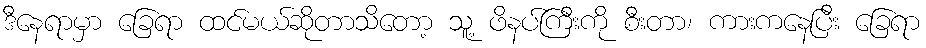
ဒီနေရာမှာ ခြေရာ ထင်မယ်ဆိုတာသိတော့ သူ့ ဖိနပ်ကြီးကို စီးတာ၊ ကားကနေပြီး ခြေရာ